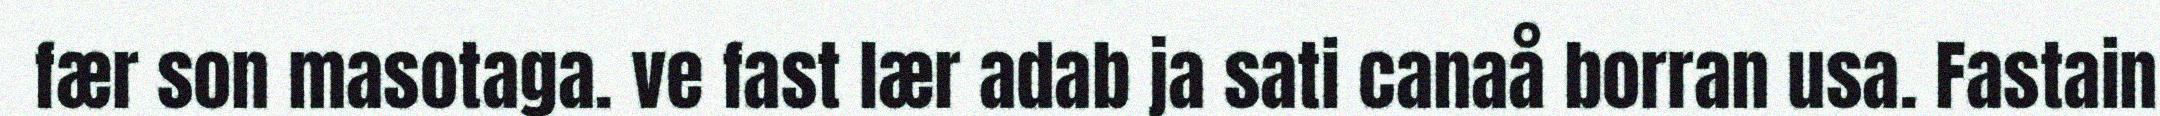
fær son masotaga. ve fast lær adab ja sati canaå borran usa. Fastain